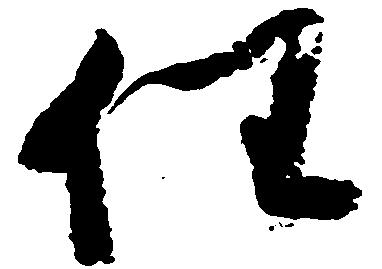
任